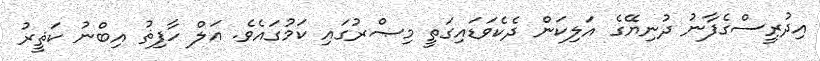
އިދުރީސްގެފާނު ދުނިޔޭގެ އަލިކަން ދެކެވަޑައިގަތީ މިޞްރުގައި ކަމުގައެވެ. އަލް ހާފިޘު އިބްނު ކަޘީރު